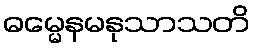
ဓမ္မေနမနုသာသတိ